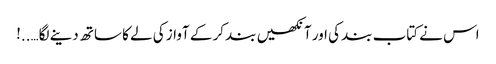
اس نے کتاب بند کی اور آنکھیں بند کر کے آواز کی لے کا ساتھ دینے لگا…..!